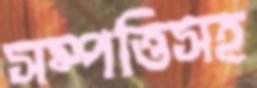
সম্পত্তিসহ